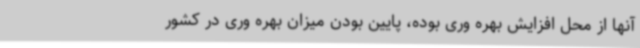
آنها از محل افزایش بهره وری بوده، پایین بودن میزان بهره وری در کشور